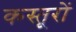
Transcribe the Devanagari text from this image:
कस्तूरों